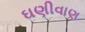
ઘણીવાણ